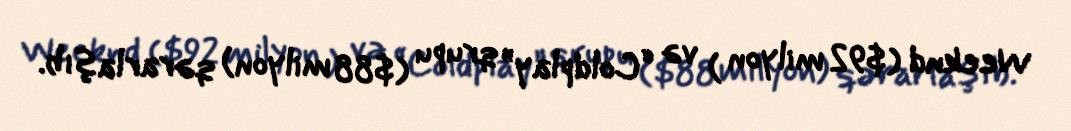
Weeknd ($92 milyon ) və “Coldplay” qrupu ($88 milyon) qərarlaşıb.